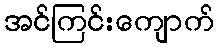
အင်ကြင်းကျောက်